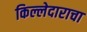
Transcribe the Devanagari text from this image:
किल्लेदाराचा